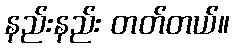
နည်းနည်း တတ်တယ်။